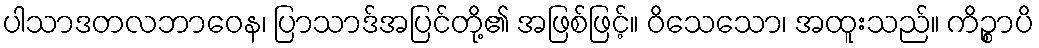
ပါသာဒတလဘာဝေန၊ ပြာသာဒ်အပြင်တို့၏ အဖြစ်ဖြင့်။ ဝိသေသော၊ အထူးသည်။ ကိဉ္စာပိ